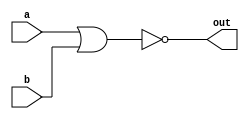
module top_module( 
    input a, 
    input b, 
    output out );
    
    assign out = ~(a|b);
    //nor(out,a,b);

endmodule